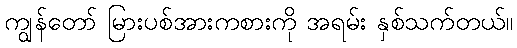
ကျွန်တော် မြားပစ်အားကစားကို အရမ်း နှစ်သက်တယ်။